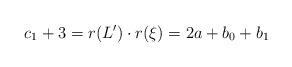
LaTeX: \begin{align*}c_1+3=r(L')\cdot r(\xi)=2a+b_0+b_1\end{align*}